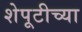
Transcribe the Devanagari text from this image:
शेपूटीच्या